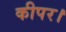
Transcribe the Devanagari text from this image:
कीपर।